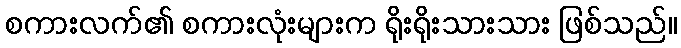
စကားလက်၏ စကားလုံးများက ရိုးရိုးသားသား ဖြစ်သည်။